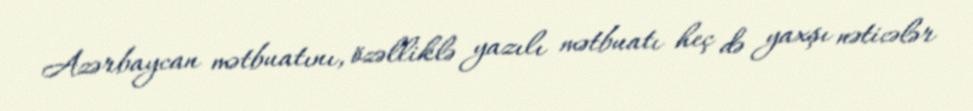
Azərbaycan mətbuatını, özəlliklə yazılı mətbuatı heç də yaxşı nəticələr